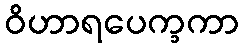
ဝိဟာရပေက္ခကာ